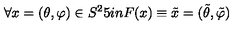
\forall x = ( \theta , \varphi ) \in S ^ { 2 } \hspace * { . 5 i n } F ( x ) \equiv \tilde { x } = ( \tilde { \theta } , \tilde { \varphi } )